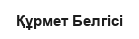
Құрмет Белгісі